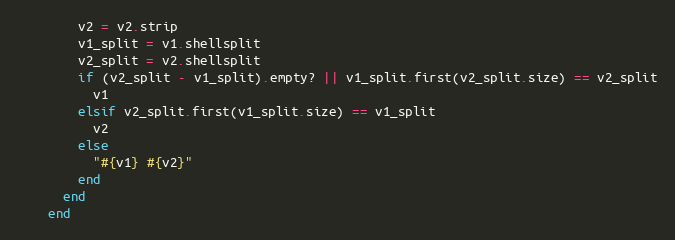
Language: Ruby
        v2 = v2.strip
        v1_split = v1.shellsplit
        v2_split = v2.shellsplit
        if (v2_split - v1_split).empty? || v1_split.first(v2_split.size) == v2_split
          v1
        elsif v2_split.first(v1_split.size) == v1_split
          v2
        else
          "#{v1} #{v2}"
        end
      end
    end